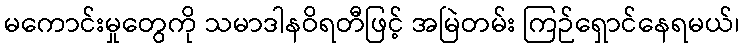
မကောင်းမှုတွေကို သမာဒါနဝိရတီဖြင့် အမြဲတမ်း ကြဉ်ရှောင်နေရမယ်၊